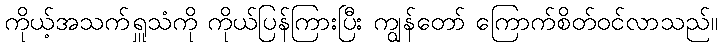
ကိုယ့်အသက်ရှူသံကို ကိုယ်ပြန်ကြားပြီး ကျွန်တော် ကြောက်စိတ်ဝင်လာသည်။